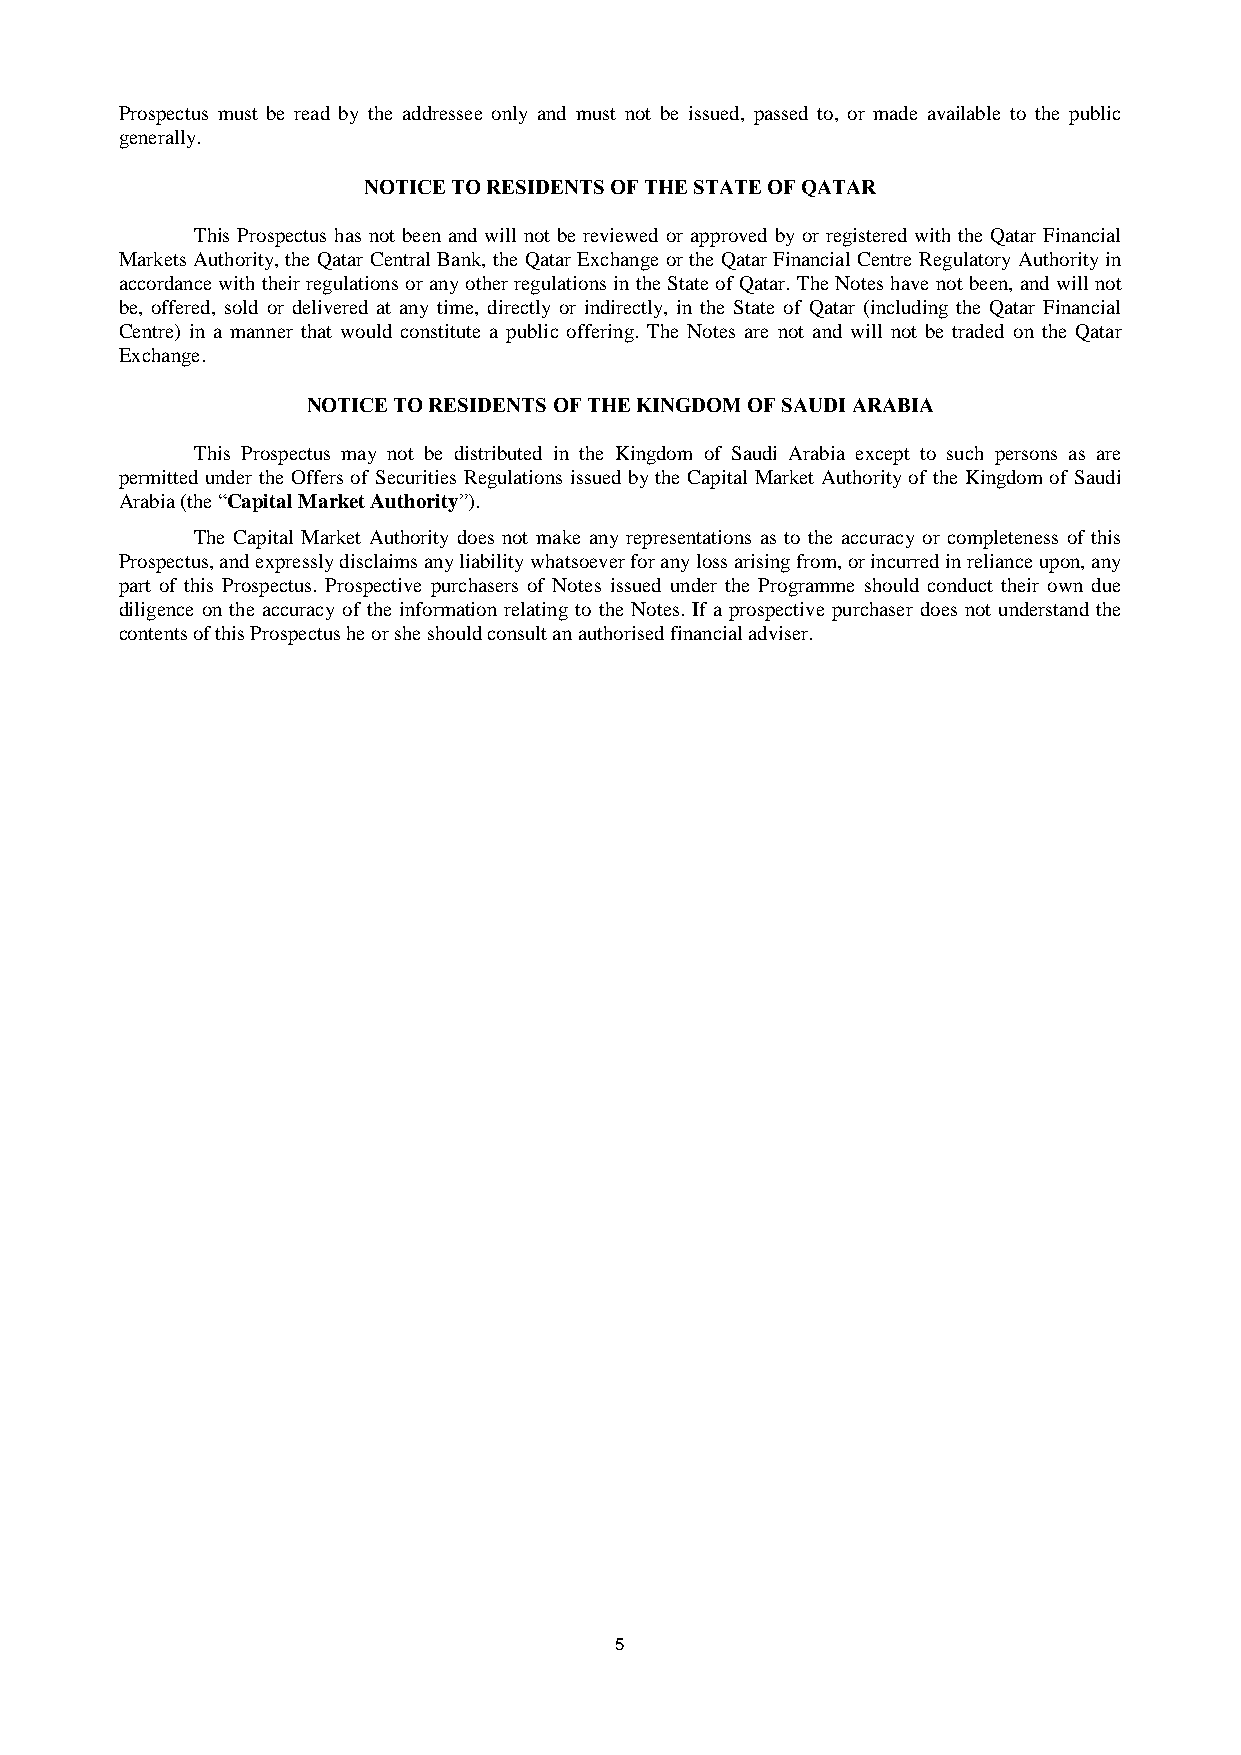
Prospectus must be read by the addressee only and must not be issued, passed to, or made available to the public
 generally.
 NOTICE TO RESIDENTS OF THE STATE OF QATAR
 This Prospectus has not been and will not be reviewed or approved by or registered with the Qatar Financial
 Markets Authority, the Qatar Central Bank, the Qatar Exchange or the Qatar Financial Centre Regulatory Authority in
 accordance with their regulations or any other regulations in the State of Qatar. The Notes have not been, and will not
 be, offered, sold or delivered at any time, directly or indirectly, in the State of Qatar (including the Qatar Financial
 Centre) in a manner that would constitute a public offering. The Notes are not and will not be traded on the Qatar
 Exchange.
 NOTICE TO RESIDENTS OF THE KINGDOM OF SAUDI ARABIA
 This Prospectus may not be distributed in the Kingdom of Saudi Arabia except to such persons as are
 permitted under the Offers of Securities Regulations issued by the Capital Market Authority of the Kingdom of Saudi
 Arabia (the “Capital Market Authority”).
 The Capital Market Authority does not make any representations as to the accuracy or completeness of this
 Prospectus, and expressly disclaims any liability whatsoever for any loss arising from, or incurred in reliance upon, any
 part of this Prospectus. Prospective purchasers of Notes issued under the Programme should conduct their own due
 diligence on the accuracy of the information relating to the Notes. If a prospective purchaser does not understand the
 contents of this Prospectus he or she should consult an authorised financial adviser.
 5